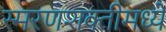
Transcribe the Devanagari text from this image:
स्मरणशक्तीमध्ये